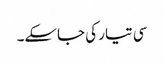
سی تیار کی جاسکے۔